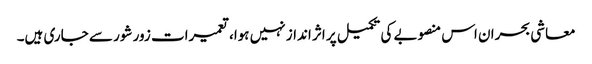
معاشی بحران اس منصوبے کی تکمیل پر اثر انداز نہیں ہوا، تعمیرات زور شور سے جاری ہیں۔